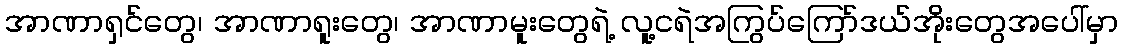
အာဏာရှင်တွေ၊ အာဏာရူးတွေ၊ အာဏာမူးတွေရဲ့ လူ့ငရဲအကြွပ်ကြော်ဒယ်အိုးတွေအပေါ်မှာ